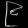
Digit: ၉